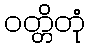
ဝတ္တိတုံ